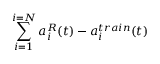
\sum _ { i = 1 } ^ { i = N } a _ { i } ^ { R } ( t ) - a _ { i } ^ { t r a i n } ( t )